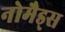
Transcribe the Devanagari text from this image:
नोमैड्स